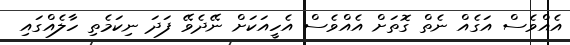
އެއްވެސް އަގެއް ނެތް ގޮތަށް އެއްވެސް އެހީއަކަށް ނޭދެވޭ ފަދަ ނިކަމެތި ހާލެއްގައި